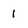
Character: I